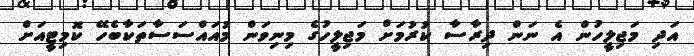
އަދި މަޖިލީހުން އެ ނަން ދިރާސާ ކުރުމަށް މަޖިލީހުގެ މިނިވަން މުއައްސަސާތަކާބެހޭ ކޮމިޓީއަށް